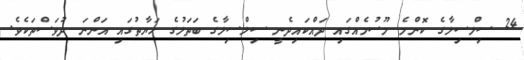
24 ސިލްސިލާގެ ކޮންމެ މޫސުމެއްގައި ދައްކައިދެނީ ސިލްސިލާގެ ބަތަލުގެ ހަޔާތުގައި އަންނަ ދުވަސްތަކެވެ.